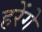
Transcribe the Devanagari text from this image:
हरेंगे